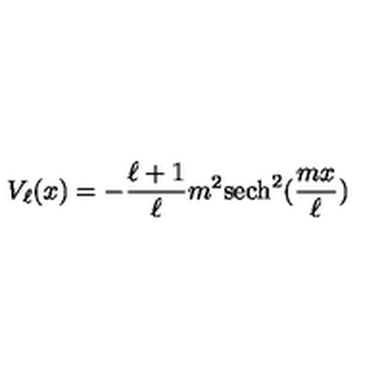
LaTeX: V _ { \ell } ( x ) = - \frac { \ell + 1 } { \ell } m ^ { 2 } \mathrm { s e c h } ^ { 2 } ( \frac { m x } { \ell } )